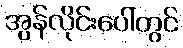
အွန်လိုင်းပေါ်တွင်